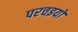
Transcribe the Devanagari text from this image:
परचइयों